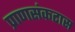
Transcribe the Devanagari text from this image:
प्राणसंकटास